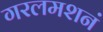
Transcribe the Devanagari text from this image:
गरलमशनं